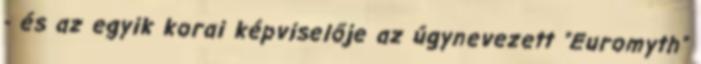
- és az egyik korai képviselője az úgynevezett "Euromyth"